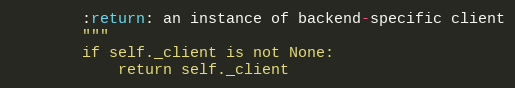
Language: Python
        :return: an instance of backend-specific client
        """
        if self._client is not None:
            return self._client